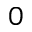
_ { 0 }